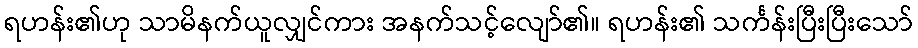
ရဟန်း၏ဟု သာမိနက်ယူလျှင်ကား အနက်သင့်လျော်၏။ ရဟန်း၏ သင်္ကန်းပြီးပြီးသော်